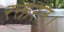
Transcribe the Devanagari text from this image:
रक्तरत।